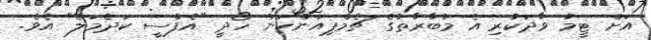
އަށް ޓީމު ވާދަކުރި އެ މުބާރާތުގެ ޗެމްޕިއަންކަން ހޯދީ "އެފްސީ ކަދެމަލެ" އެވެ.